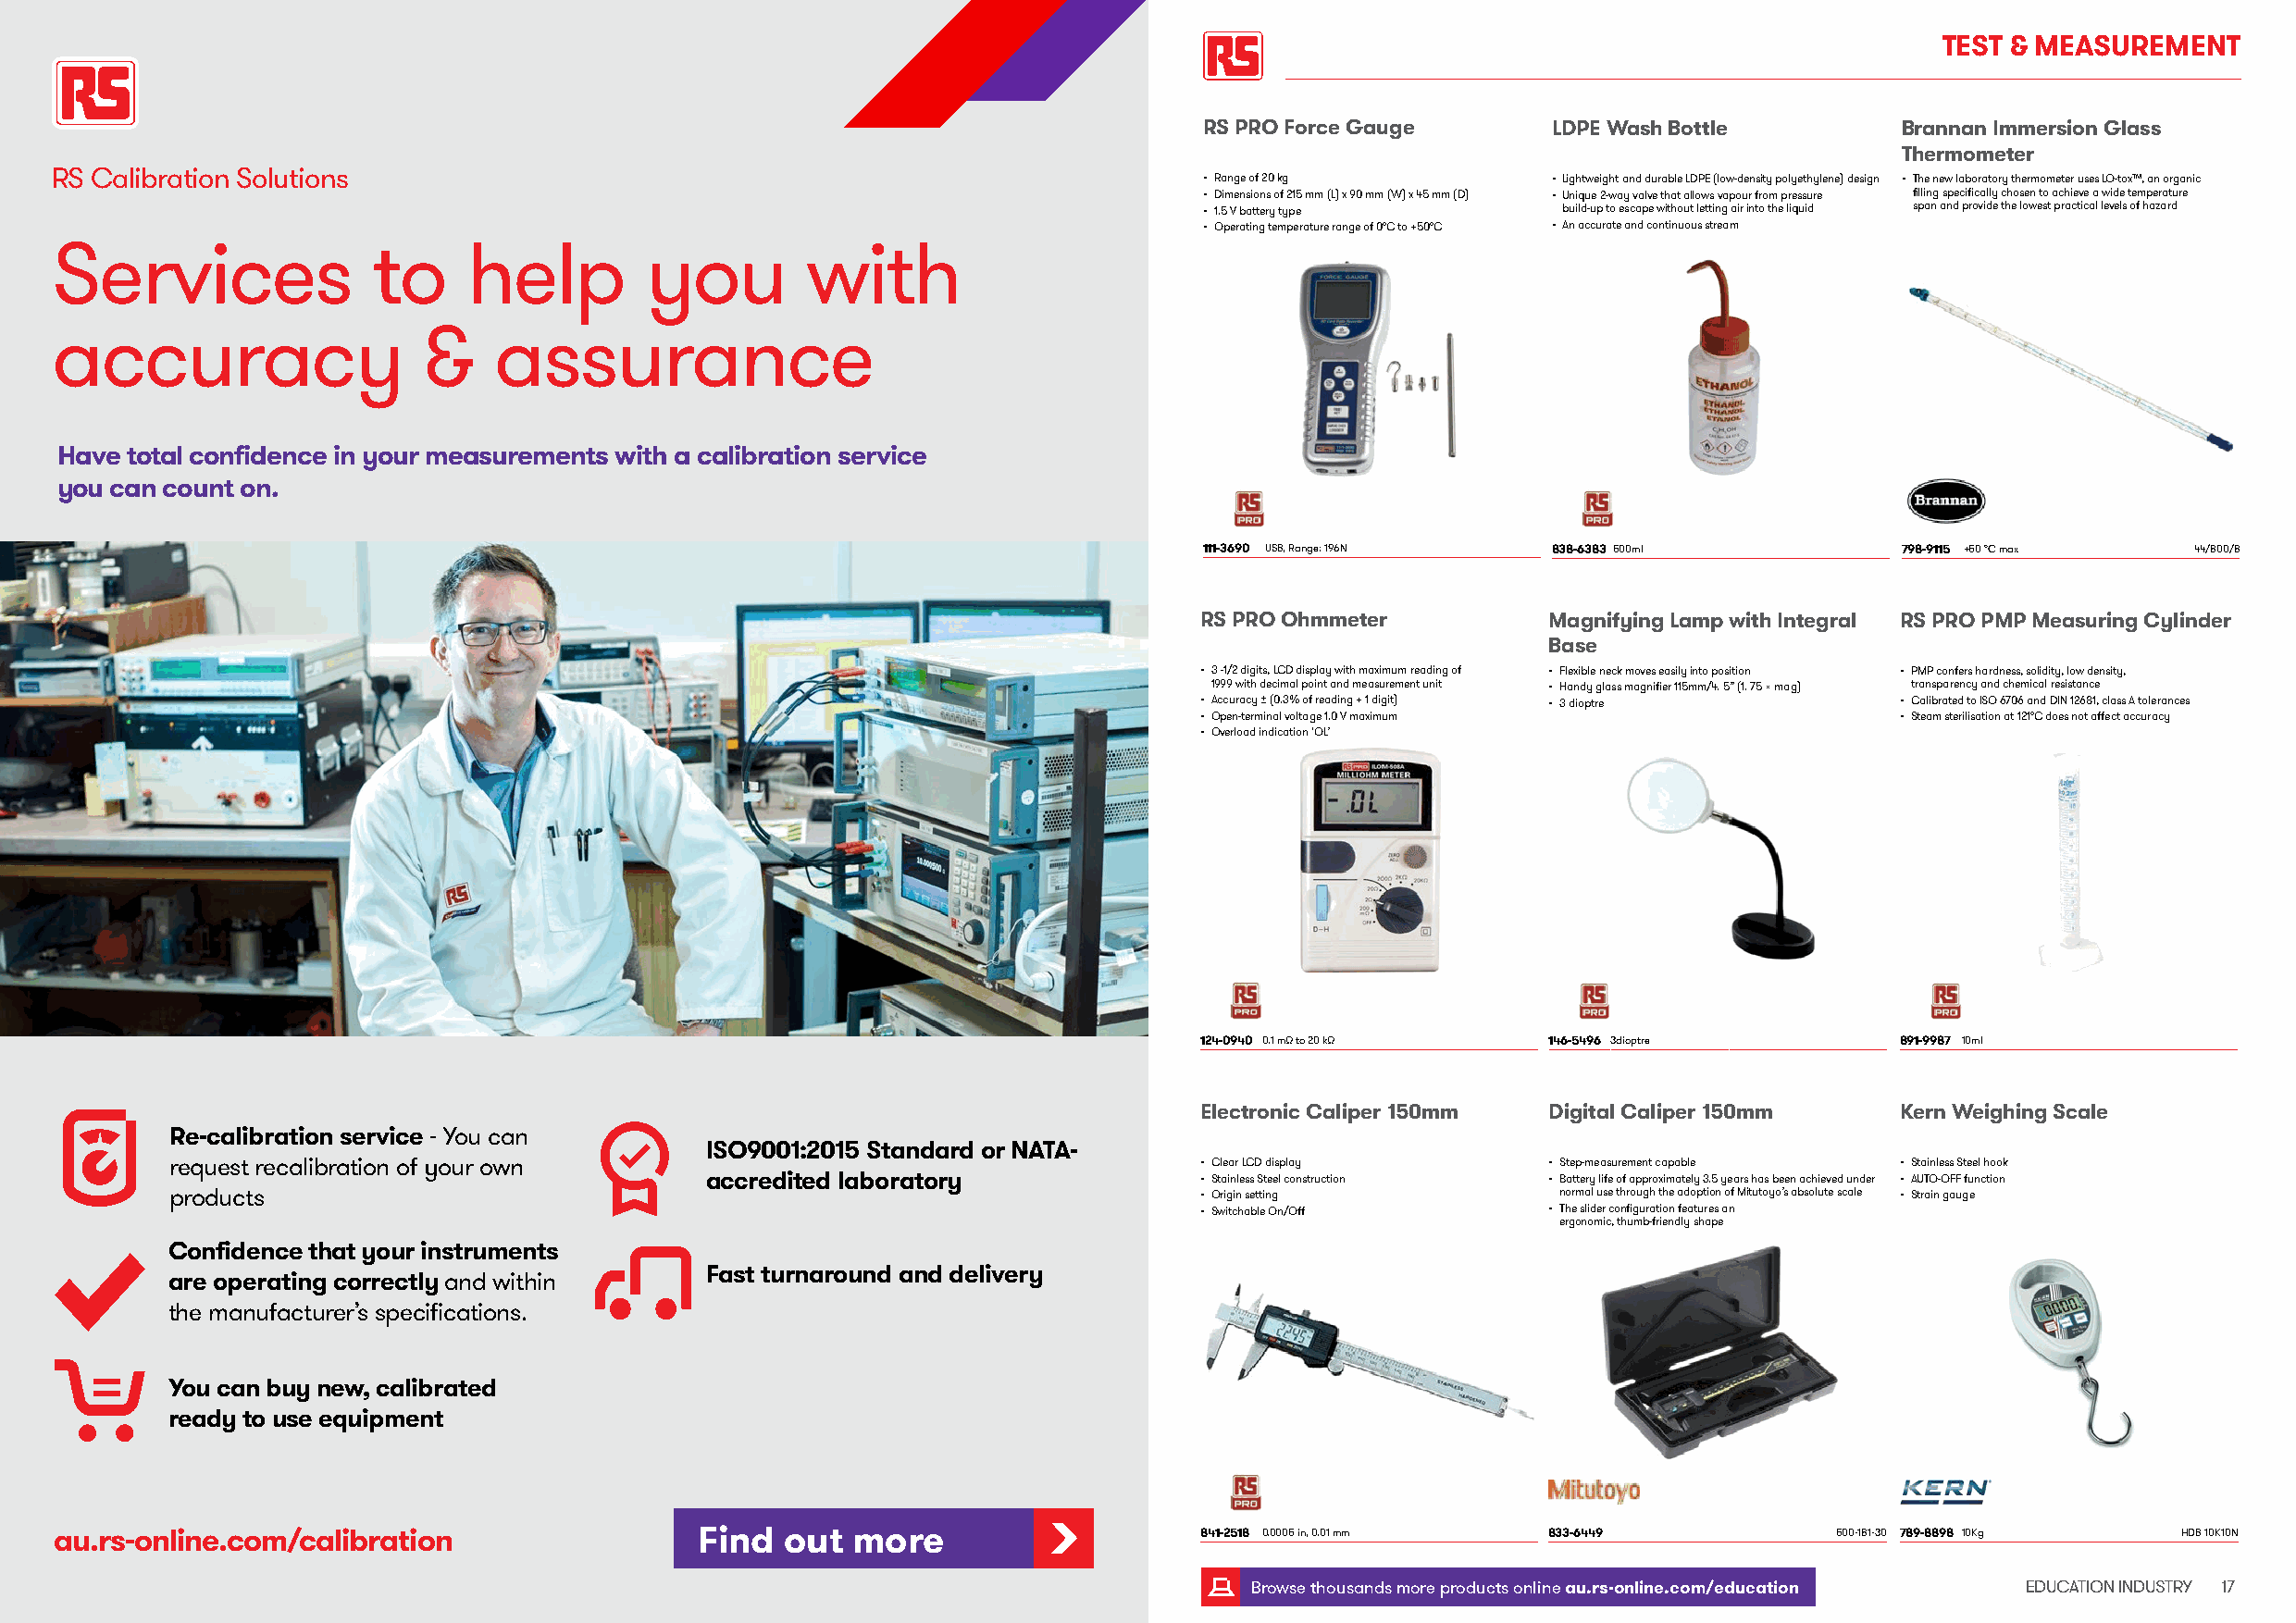
TEST & MEASUREMEN   T
 RS PRO Force Gauge       LDPE Wash Bottle         Brannan Immersion Glass
 Thermometer
 RS Calibration Solutions                                                          • Range of 20 kg         • Lightweight and durable LDPE (low-density polyethylene) design • The new laboratory thermometer uses LO-tox™, an organic
 • Dimensions of 215 mm (L) x 90 mm (W) x 45 mm (D) • Unique 2-way valve that allows vapour from pressure filling specifically chosen to achieve a wide temperature
 • 1.5 V battery type      build-up to escape without letting air into the liquid span and provide the lowest practical levels of hazard
 • Operating temperature range of 0°C to +50°C • An accurate and continuous stream
 Services               to    help         you         with
 accuracy                  &    assurance
 Have total confidence in your measurements with a calibration service
 you can count on.
 111-3690 USB, Range: 196N 838-6383 500ml          798-9115 +50 °C max  44/800/8
 RS PRO Ohmmeter          Magnifying Lamp with Integral RS PRO PMP Measuring Cylinder
 Base
 • 3 -1/2 digits, LCD display with maximum reading of • Flexible neck moves easily into position • PMP confers hardness, solidity, low density,
 1999 with decimal point and measurement unit • Handy glass magnifier 115mm/4. 5” (1. 75 x mag) transparency and chemical resistance
 • Accuracy ± (0.3% of reading + 1 digit) • 3 dioptre • Calibrated to ISO 6706 and DIN 12681, class A tolerances
 • Open-terminal voltage 1.0 V maximum             • Steam sterilisation at 121°C does not affect accuracy
 • Overload indication ‘OL’
 124-0940 0.1 mΩ to 20 kΩ 146-5496 3dioptre        891-9987 10ml
 Electronic Caliper 150mm Digital Caliper 150mm    Kern Weighing Scale
 Re-calibration service - You can
 ISO9001:2015 Standard or NATA-
 request recalibration of your own                                         • Clear LCD display      • Step-measurement capable • Stainless Steel hook
 accredited laboratory               • Stainless Steel construction • Battery life of approximately 3.5 years has been achieved under • AUTO-OFF function
 products                                                                  • Origin setting          normal use through the adoption of Mitutoyo’s absolute scale • Strain gauge
 • Switchable On/Off      • The slider configuration features an
 ergonomic, thumb-friendly shape
 Confidence that your instruments
 Fast turnaround and delivery
 are operating correctly and within
 the manufacturer’s specifications.
 You can buy new, calibrated
 ready to use equipment
 au.rs-online.com/calibration                  Find  out  more                     841-2518 0.0005 in, 0.01 mm 833-6449         500-181-30 789-8898 10Kg HDB 10K10N
 1166 EDUCATION INDUSTRY                                                              Browse thousands more products online au.rs-online.com/education EDUCATION INDUSTRY 17